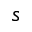
s